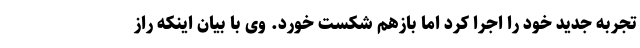
تجربه جدید خود را اجرا کرد اما بازهم شکست خورد. وی با بیان اینکه راز